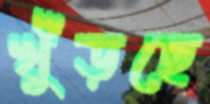
খুঁড়ছে